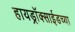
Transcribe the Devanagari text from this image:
हायड्राॅक्साईडच्या